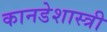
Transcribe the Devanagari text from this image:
कानडेशास्त्री